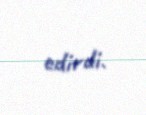
edirdi.